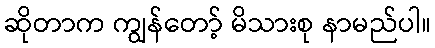
ဆိုတာက ကျွန်တော့် မိသားစု နာမည်ပါ။